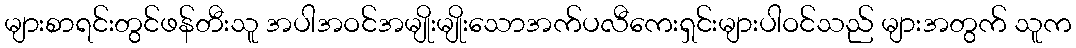
များစာရင်းတွင်ဖန်တီးသူ အပါအဝင်အမျိုးမျိုးသောအက်ပလီကေးရှင်းများပါဝင်သည် များအတွက် သူက